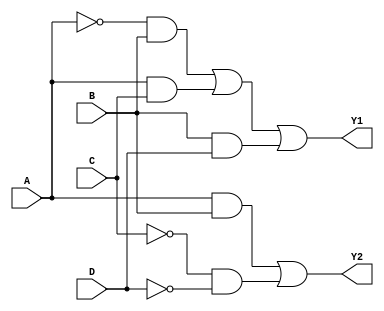
module combinational_logic_block (
    input wire A,    // Input A
    input wire B,    // Input B
    input wire C,    // Input C
    input wire D,    // Input D
    output wire Y1,  // Output Y1
    output wire Y2   // Output Y2
);

// Intermediate signals for multi-level simplifications
wire not_A;
wire not_B;
wire not_C;
wire not_D;
wire term1;
wire term2;
wire term3;
wire term4;

// Step 1: Apply NOT gates (Inversion)
assign not_A = ~A;
assign not_B = ~B;
assign not_C = ~C;
assign not_D = ~D;

// Step 2: Define simplified terms using AND and OR gates
// Example logic expressions after simplification
// Y1 = A'B + AC + BD
assign term1 = not_A & B;       // A'B
assign term2 = A & C;           // AC
assign term3 = B & D;           // BD

// Combine terms for Y1
assign Y1 = term1 | term2 | term3; // Y1 = A'B + AC + BD

// Y2 = AB + C'D'
assign term4 = A & B;            // AB
assign term5 = not_C & not_D;    // C'D'

// Combine terms for Y2
assign Y2 = term4 | term5;       // Y2 = AB + C'D'

endmodule